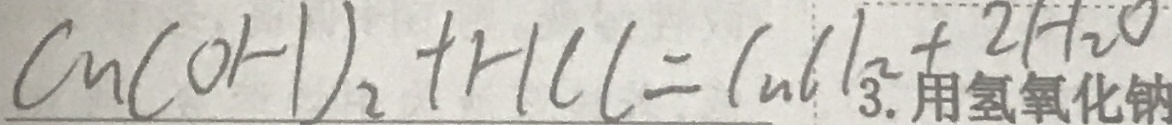
C u ( O H ) _ { 2 } + H C l = C u C l _ { 2 } + 2 H _ { 2 } O